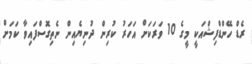
ރެޑް ހޭންޑްފިޝްއަކީ މީގެ 10 ވަރަކަށް އަހަރު ކުރިން ދުނިޔެއިން ނެތިގޮސްފައިވާ ކަމަށް